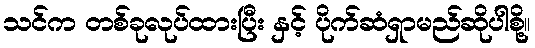
သင်က တစ်ခုလုပ်ထားပြီး နှင့် ပိုက်ဆံရှာမည်ဆိုပါစို့။